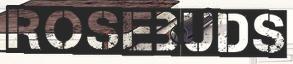
ROSEBUDS